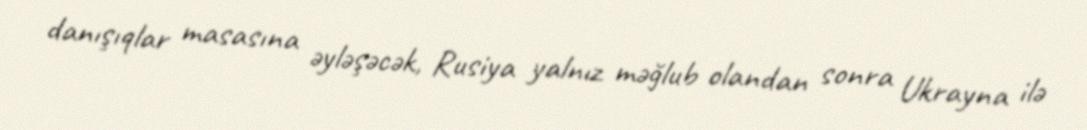
danışıqlar masasına əyləşəcək, Rusiya yalnız məğlub olandan sonra Ukrayna ilə